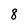
Character: 8